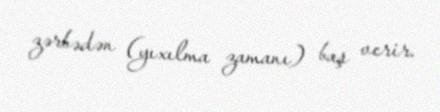
zərbədən (yıxılma zamanı) baş verir.